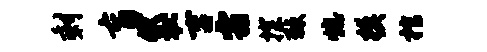
剩盲袋吉霜探棘熄模棺